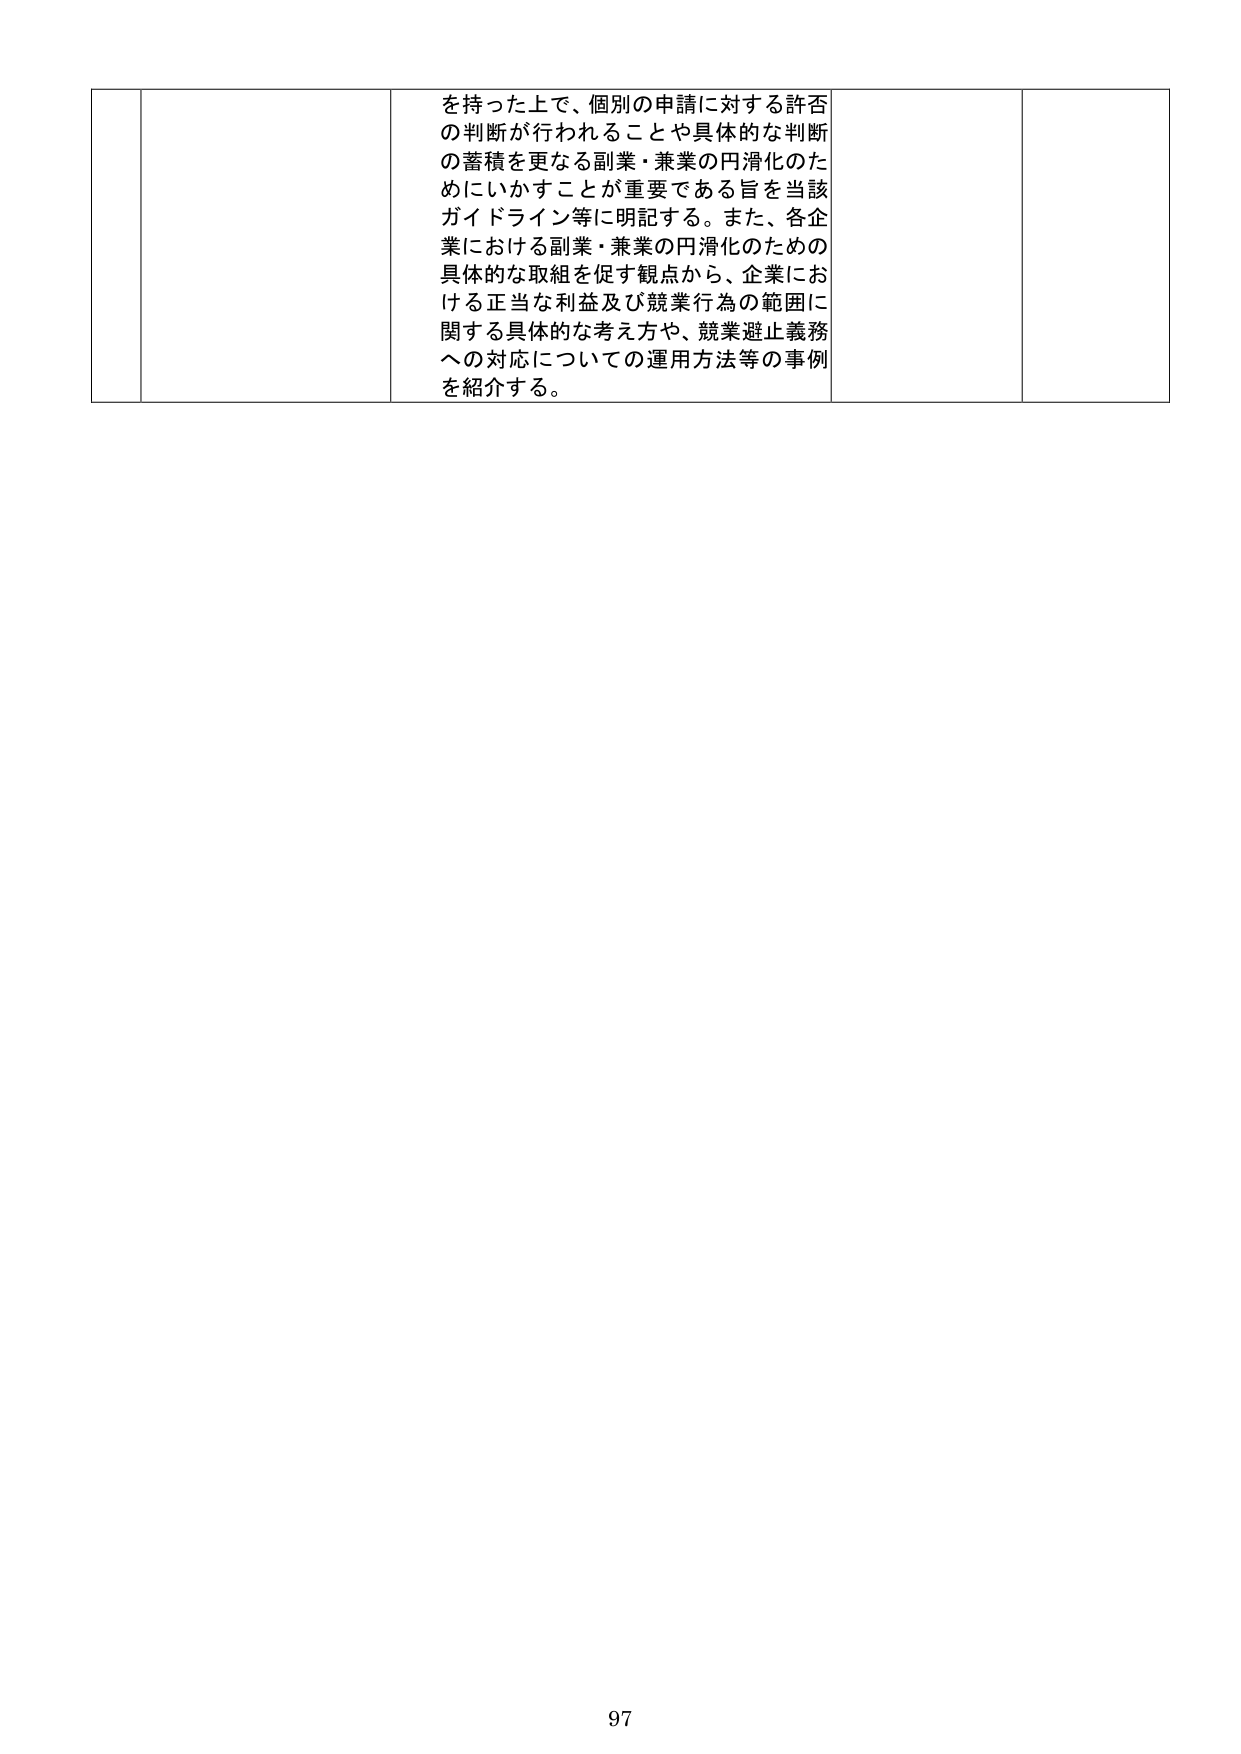
を持った上で、個別の申請に対する許否
の判断が行われることや具体的な判断
の蓄積を更なる副業・兼業の円滑化のた
めにいかすことが重要である旨を当該
ガイドライン等に明記する。また、各企
業における副業・兼業の円滑化のための
具体的な取組を促す観点から、企業にお
ける正当な利益及び競業行為の範囲に
関する具体的な考え方や、競業避止義務
への対応についての運用方法等の事例
を紹介する。

97